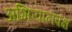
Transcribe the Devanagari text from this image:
अभियानपक्ष